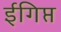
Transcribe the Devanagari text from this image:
ईगिप्त